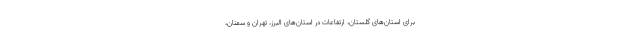
برای استان‌های گلستان، ارتفاعات در استان‌های البرز، تهران و سمنان،